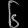
Digit: ၆